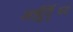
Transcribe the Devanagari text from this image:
आयुवृर्ध्दि